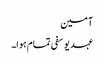
آمین
عہد یوسفی تمام ہوا۔